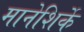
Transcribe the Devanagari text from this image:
मानेशिर्के